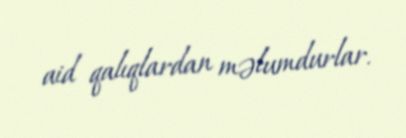
aid qalıqlardan məlumdurlar.